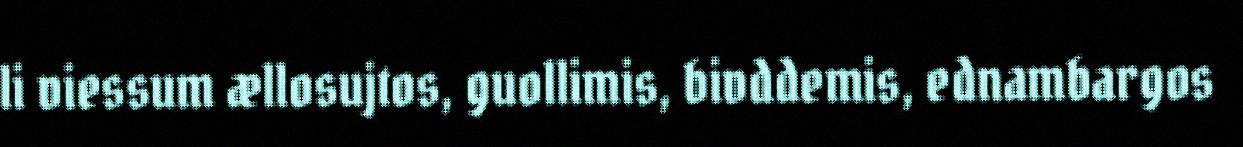
li viessum ællosujtos, guollimis, bivddemis, ednambargos